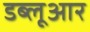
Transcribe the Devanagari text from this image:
डब्लूआर